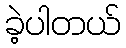
ခဲ့ပါတယ်